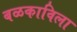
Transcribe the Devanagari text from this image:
बळकाविला